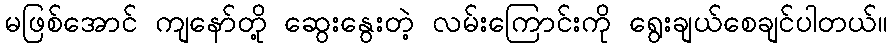
မဖြစ်အောင် ကျနော်တို့ ဆွေးနွေးတဲ့ လမ်းကြောင်းကို ရွေးချယ်စေချင်ပါတယ်။